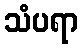
သံပရာ